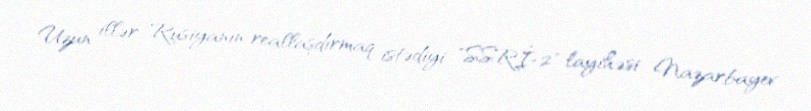
Uzun illər Rusiyanın reallaşdırmaq istədiyi "SSRİ-2" layihəsi Nazarbayev